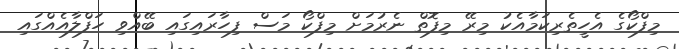
މިފްކޯގެ އެހީތެރިކަމާއެކު މިރޭ މިފޮތް ނެރުމަށް މިފްކޯ މަސް ފިހާރައިގައި ބޭއްވި ހަފްލާއެއްގައި